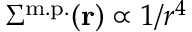
\Sigma ^ { \mathrm { m . p . } } ( \mathbf { r } ) \propto 1 / r ^ { 4 }